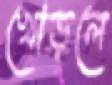
খোড়লে